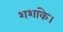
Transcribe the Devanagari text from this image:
शशांके।